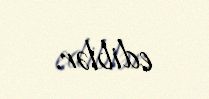
ediblər.